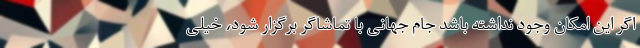
اگر این امکان وجود نداشته باشد جام جهانی با تماشاگر برگزار شود، خیلی